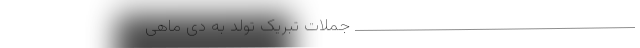
________________________________________ جملات تبریک تولد به دی ماهی